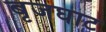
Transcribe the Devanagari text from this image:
बृजघाट